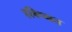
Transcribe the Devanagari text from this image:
हविष्मत